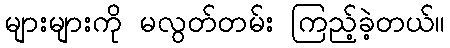
များများကို မလွတ်တမ်း ကြည့်ခဲ့တယ်။